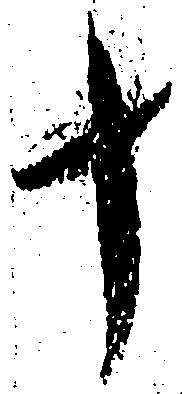
十